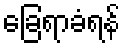
ခြေရာခံရန်